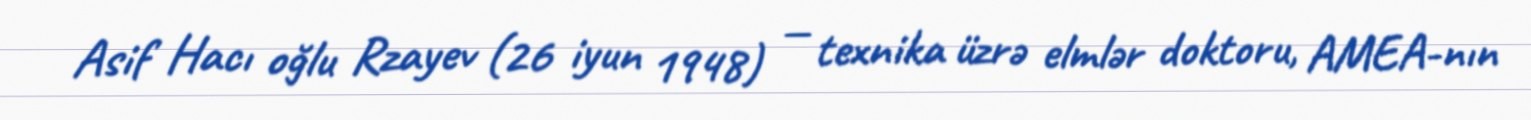
Asif Hacı oğlu Rzayev (26 iyun 1948) — texnika üzrə elmlər doktoru, AMEA-nın